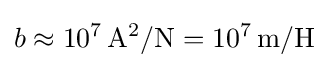
b\approx 10^{7}\,\mathrm {A} ^{2}/\mathrm {N} =10^{7}\,\mathrm {m/H}